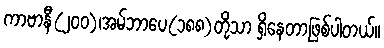
ကာဗာနီ(၂၀၀)၊အမ်ဘာပေ(၁၈၈)တို့သာ ရှိနေတာဖြစ်ပါတယ်။